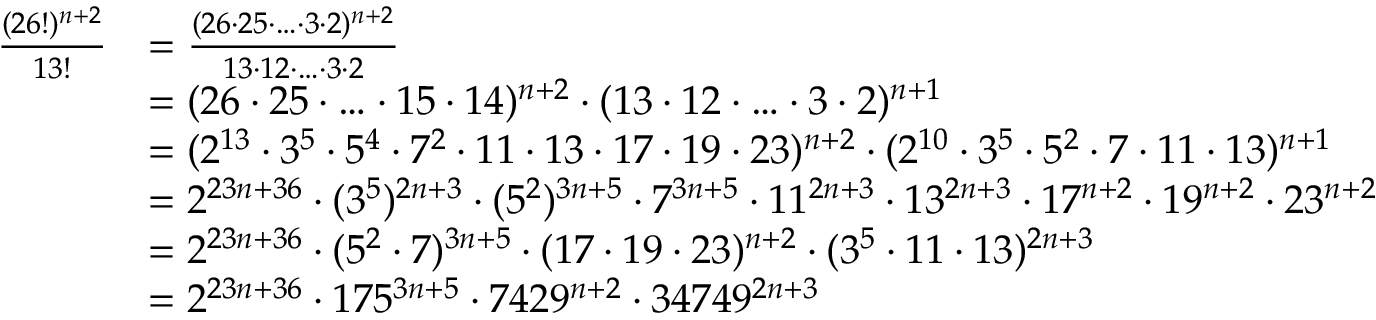
\begin{array} { r l } { \frac { ( 2 6 ! ) ^ { n + 2 } } { 1 3 ! } } & { = \frac { ( 2 6 \cdot 2 5 \cdot \ldots \cdot 3 \cdot 2 ) ^ { n + 2 } } { 1 3 \cdot 1 2 \cdot \ldots \cdot 3 \cdot 2 } } \\ & { = ( 2 6 \cdot 2 5 \cdot \ldots \cdot 1 5 \cdot 1 4 ) ^ { n + 2 } \cdot ( 1 3 \cdot 1 2 \cdot \ldots \cdot 3 \cdot 2 ) ^ { n + 1 } } \\ & { = ( 2 ^ { 1 3 } \cdot 3 ^ { 5 } \cdot 5 ^ { 4 } \cdot 7 ^ { 2 } \cdot 1 1 \cdot 1 3 \cdot 1 7 \cdot 1 9 \cdot 2 3 ) ^ { n + 2 } \cdot ( 2 ^ { 1 0 } \cdot 3 ^ { 5 } \cdot 5 ^ { 2 } \cdot 7 \cdot 1 1 \cdot 1 3 ) ^ { n + 1 } } \\ & { = 2 ^ { 2 3 n + 3 6 } \cdot ( 3 ^ { 5 } ) ^ { 2 n + 3 } \cdot ( 5 ^ { 2 } ) ^ { 3 n + 5 } \cdot 7 ^ { 3 n + 5 } \cdot 1 1 ^ { 2 n + 3 } \cdot 1 3 ^ { 2 n + 3 } \cdot 1 7 ^ { n + 2 } \cdot 1 9 ^ { n + 2 } \cdot 2 3 ^ { n + 2 } } \\ & { = 2 ^ { 2 3 n + 3 6 } \cdot ( 5 ^ { 2 } \cdot 7 ) ^ { 3 n + 5 } \cdot ( 1 7 \cdot 1 9 \cdot 2 3 ) ^ { n + 2 } \cdot ( 3 ^ { 5 } \cdot 1 1 \cdot 1 3 ) ^ { 2 n + 3 } } \\ & { = 2 ^ { 2 3 n + 3 6 } \cdot 1 7 5 ^ { 3 n + 5 } \cdot 7 4 2 9 ^ { n + 2 } \cdot 3 4 7 4 9 ^ { 2 n + 3 } } \end{array}